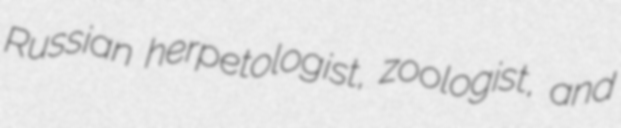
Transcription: Russian herpetologist, zoologist, and